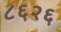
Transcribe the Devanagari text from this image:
८६२६